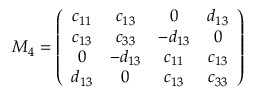
M _ { 4 } = \left( \begin{array} { c c c c } { { c _ { 1 1 } } } & { { c _ { 1 3 } } } & { { 0 } } & { { d _ { 1 3 } } } \\ { { c _ { 1 3 } } } & { { c _ { 3 3 } } } & { { - d _ { 1 3 } } } & { { 0 } } \\ { { 0 } } & { { - d _ { 1 3 } } } & { { c _ { 1 1 } } } & { { c _ { 1 3 } } } \\ { { d _ { 1 3 } } } & { { 0 } } & { { c _ { 1 3 } } } & { { c _ { 3 3 } } } \end{array} \right)